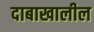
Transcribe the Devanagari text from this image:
दाबाखालील